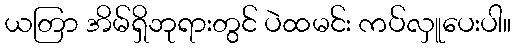
ယတြာ အိမ်ရှိဘုရားတွင် ပဲထမင်း ကပ်လှူပေးပါ။